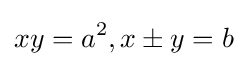
xy=a^{2},x\pm y=b